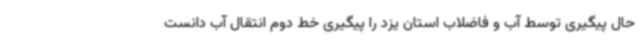
حال پیگیری توسط آب و فاضلاب استان یزد را پیگیری خط دوم انتقال آب دانست